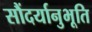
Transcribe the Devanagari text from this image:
सौंदर्यानुभूति